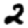
Digit: 2